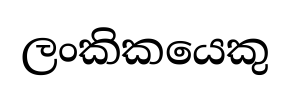
ලංකිකයෙකු